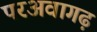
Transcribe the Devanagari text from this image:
परअवागढ़